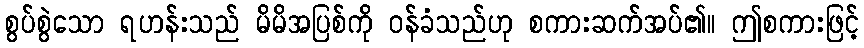
စွပ်စွဲသော ရဟန်းသည် မိမိအပြစ်ကို ဝန်ခံသည်ဟု စကားဆက်အပ်၏။ ဤစကားဖြင့်